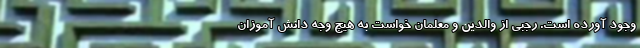
وجود آورده است. رجبی از والدین و معلمان خواست به هیچ وجه دانش آموزان